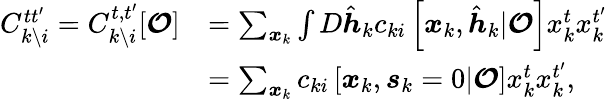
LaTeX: \begin{array}{rl}{C_{k\setminus i}^{tt^{\prime}}=C_{k\setminus i}^{t,t^{\prime}}[\boldsymbol{\mathcal{O}}]}&{=\sum_{\boldsymbol{x}_{k}}\int D\hat{\boldsymbol{h}}_{k}c_{ki}\left[\boldsymbol{x}_{k},\hat{\boldsymbol{h}}_{k}|\boldsymbol{\mathcal{O}}\right]x_{k}^{t}x_{k}^{t^{\prime}}}\\ &{=\sum_{\boldsymbol{x}_{k}}c_{ki}\left[\boldsymbol{x}_{k},\boldsymbol{s}_{k}=0|\boldsymbol{\mathcal{O}}\right]x_{k}^{t}x_{k}^{t^{\prime}},}\end{array}